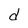
Character: d